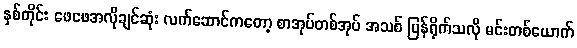
နှစ်တိုင်း ဖေဖေအလိုချင်ဆုံး လက်ဆောင်ကတော့ စာအုပ်တစ်အုပ် အသစ် ပြန်ရိုက်သလို မင်းတစ်ယောက်